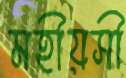
মহীয়সী